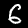
Label: 6